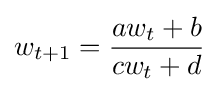
w_{t+1}={\frac {aw_{t}+b}{cw_{t}+d}}